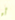
أو